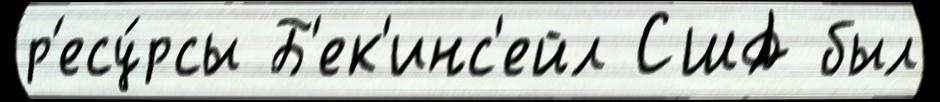
р'есу́рсы Б'ек'инс'ейл США был